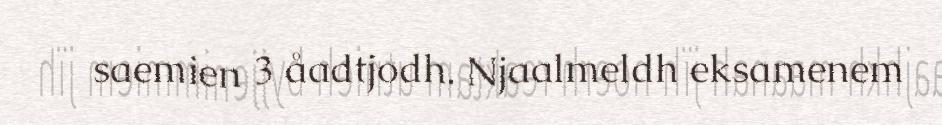
saemien 3 åadtjodh. Njaalmeldh eksamenem